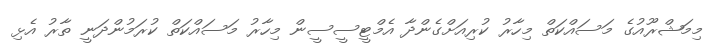
މިމަޝްރޫއުގެ މަސައްކަތް މިހާރު ކުރިއަށްގެންދާ އެމްޓީސީސީން މިހާރު މަސައްކަތް ކުރަމުންދަނީ ތާރު އެޅި